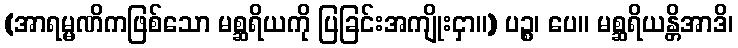
(အာရမ္မဏိကဖြစ်သော မစ္ဆရိယကို ပြခြင်းအကျိုးငှာ။) ပဉ္စ၊ ပေ။ မစ္ဆရိယန္တိအာဒိ၊